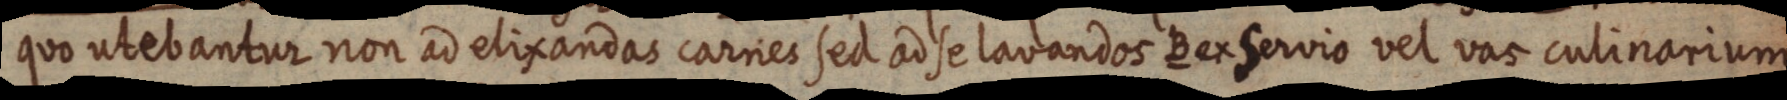
quo utebantur non ad elixandas caries sed adse lavandos B ex Servio vel vas culinarium